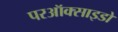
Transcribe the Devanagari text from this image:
परऑक्साइडों